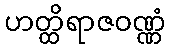
ဟတ္ထိရာဇဝဏ္ဏံ